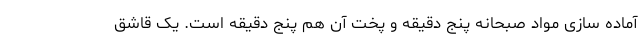
آماده سازی مواد صبحانه پنج دقیقه و پخت آن هم پنج دقیقه است. یک قاشق